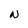
Character: N